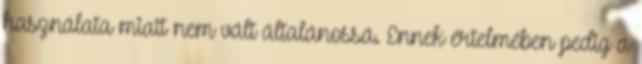
használata miatt nem vált általánossá. Ennek értelmében pedig a